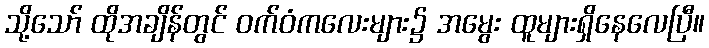
သို့သော် ထိုအချိန်တွင် ဝက်ဝံကလေးများ၌ အမွေး ထူများရှိနေလေပြီ။